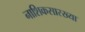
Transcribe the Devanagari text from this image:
नाशिकसारख्या